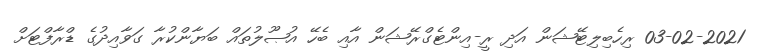
03-02-2021 ރިހެބިލިޓޭޝަން އަދި ރީ-އިންޓެގްރޭޝަން އާއި ބެހޭ އުޞޫލުތައް ބަޔާންކުރާ ގަވާއިދުގެ ޑްރާފްޓަށް